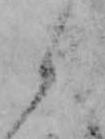
候